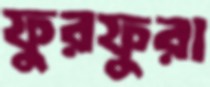
ফুরফুরা